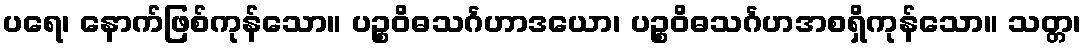
ပရေ၊ နောက်ဖြစ်ကုန်သော။ ပဉ္စဝိဓသင်္ဂဟာဒယော၊ ပဉ္စဝိဓသင်္ဂဟအစရှိကုန်သော။ သတ္တ၊